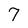
Character: 7